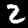
Label: 2